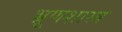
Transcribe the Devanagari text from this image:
भ्रूणशास्त्र